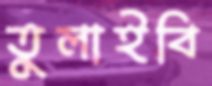
তুলাইবি